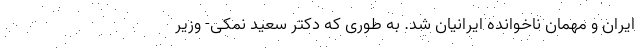
ایران و مهمان ناخوانده ایرانیان شد. به طوری که دکتر سعید نمکی- وزیر